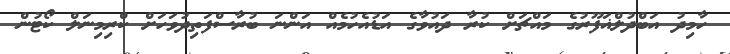
ހާމިދު އަބްދުލްޣަފޫރުގެ މައްޗަށް ކުރާ ދައުވާގެ އަޑުއެހުމެއް އަންނަ ބުރާސްފަތިދުވަހަށް ކްރިމިނަލް ކޯޓުން